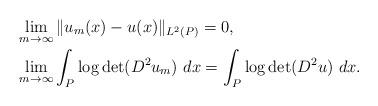
LaTeX: \begin{align*}& \lim_{m \to \infty} \| u_m(x) - u(x) \|_{L^2(P)} =0, \\& \lim_{m \to \infty} \int_P \log \det (D^2 u_m) ~ dx = \int_P \log \det(D^2 u) ~ dx. \end{align*}